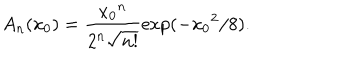
A _ { n } ( x _ { 0 } ) = \frac { { x _ { 0 } } ^ { n } } { 2 ^ { n } \sqrt { n ! } } \exp ( - { x _ { 0 } } ^ { 2 } / 8 ) .